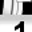
Digit: 1